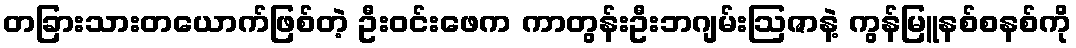
တခြားသားတယောက်ဖြစ်တဲ့ ဦးဝင်းဖေက ကာတွန်းဦးဘဂျမ်းဩဇာနဲ့ ကွန်မြူနစ်စနစ်ကို